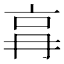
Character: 𠱗